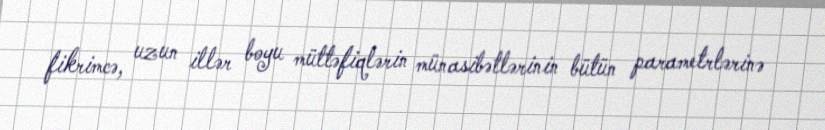
fikrimcə, uzun illər boyu müttəfiqlərin münasibətlərinin bütün parametrlərinə